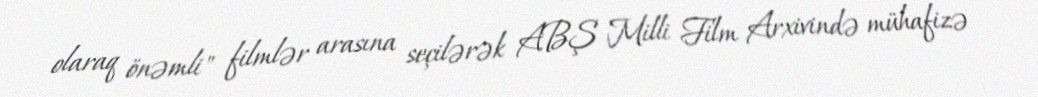
olaraq önəmli" filmlər arasına seçilərək ABŞ Milli Film Arxivində mühafizə